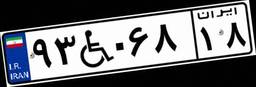
۹۳W۰۶۸۱۸